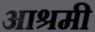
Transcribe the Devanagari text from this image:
आश्रमी